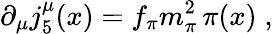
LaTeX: \partial_{\mu}j_{5}^{\mu}(x)=f_{\pi}m_{\pi}^{2}\, \pi(x)\; ,